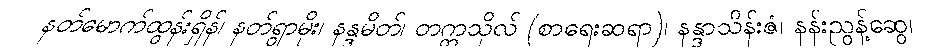
နတ်မောက်ထွန်းရှိန်၊ နတ်ရွာမိုး၊ နန္ဒမိတ်၊ တက္ကသိုလ် (စာရေးဆရာ)၊ နန္ဒာသိန်းဇံ၊ နန်းညွန့်ဆွေ၊